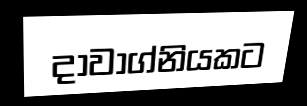
දාවාග්නියකට